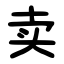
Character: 卖